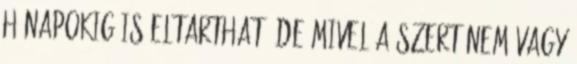
hónapokig is eltarthat, de mivel a szert nem vagy